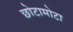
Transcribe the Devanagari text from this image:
छोटामोटा